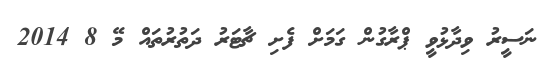
ނަސީރު ވިދާޅުވީ ޕްރާގުން ގަމަށް ފެށި ޗާޓަރު ދަތުރުތައް މޭ 8 2014